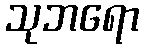
သုဘရော